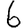
Digit: 6